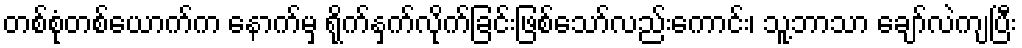
တစ်စုံတစ်ယောက်က နောက်မှ ရိုက်နှက်လိုက်ခြင်းဖြစ်သော်လည်းကောင်း၊ သူ့ဘာသာ ချော်လဲကျပြီး